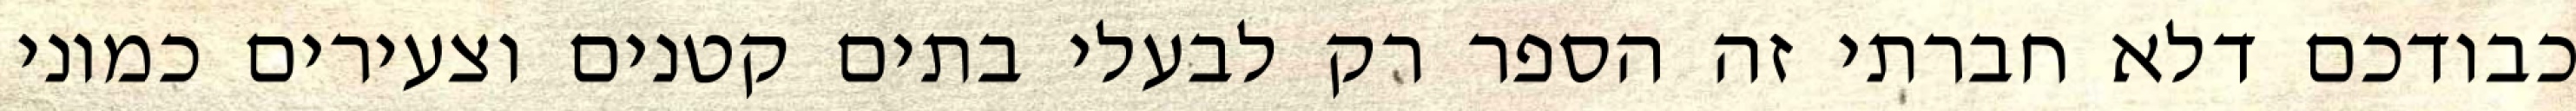
כבודכם דלא חברתי זה הספר רק לבעלי בתים קטנים וצעירים כמוני